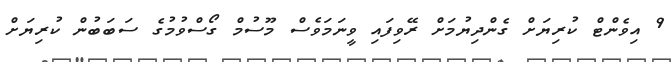
9 އިވެންޓް ކުރިޔަށް ގެންދިޔުމަށް ރޭވިފައި ވީނަމަވެސް މޫސުމް ގޯސްވުމުގެ ސަބަބުން ކުރިޔަށް